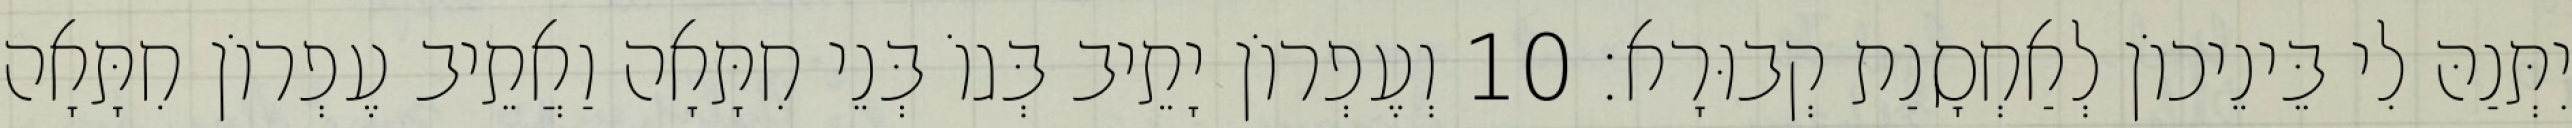
יִתְּנַהּ לִי בֵּינֵיכוֹן לְאַחְסָנַת קְבוּרָא׃ 10 וְעֶפְרוֹן יָתֵיב בְּגוֹ בְּנֵי חִתָּאָה וַאֲתֵיב עֶפְרוֹן חִתָּאָה